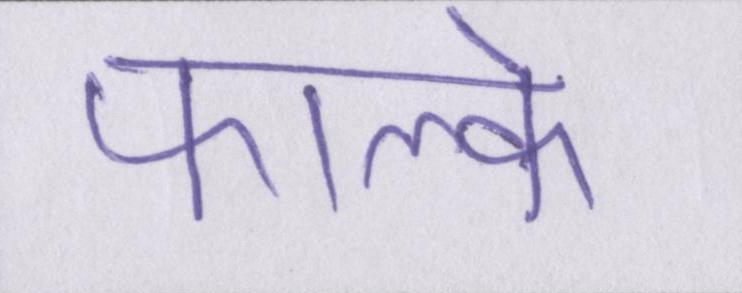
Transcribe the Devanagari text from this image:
फाल्के